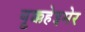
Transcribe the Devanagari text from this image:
ब्रुक्कहेइमेर